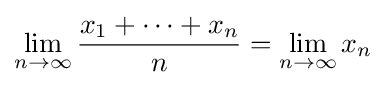
\lim _{n\to \infty }{\frac {x_{1}+\dots +x_{n}}{n}}=\lim _{n\to \infty }x_{n}